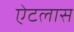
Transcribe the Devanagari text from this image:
ऐटलास